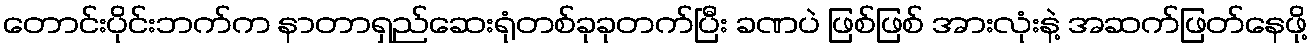
တောင်းပိုင်းဘက်က နာတာရှည်ဆေးရုံတစ်ခုခုတက်ပြီး ခဏပဲ ဖြစ်ဖြစ် အားလုံးနဲ့ အဆက်ဖြတ်နေဖို့